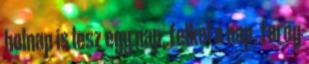
holnap is lesz egy nap, felkel a nap, forog